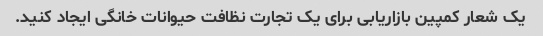
یک شعار کمپین بازاریابی برای یک تجارت نظافت حیوانات خانگی ایجاد کنید.